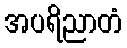
အပရိညာတံ